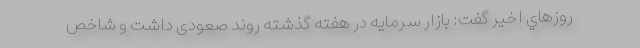
روزهاي اخير گفت: بازار سرمایه در هفته گذشته روند صعودی داشت و شاخص